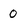
Character: 0